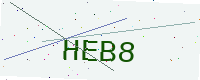
Text: HEB8